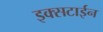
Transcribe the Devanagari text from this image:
इक्सटाईन